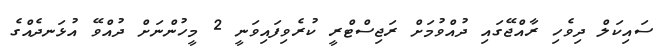
ސައިކަލް ދިވެހި ރާއްޖޭގައި ދުއްވުމަށް ރަޖިސްޓްރީ ކުރެވިފައިވަނީ 2 މީހުންނަށް ދުއްވޭ އުޅަނދެއްގެ